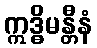
ဣဒ္ဓိမန္တီနံ